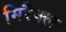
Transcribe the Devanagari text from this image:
मिरैक्ल